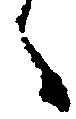
々